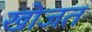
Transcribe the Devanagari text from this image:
खोजत